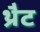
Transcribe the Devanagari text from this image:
थ्रैट